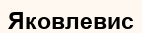
Яковлевис